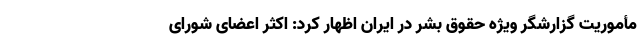
مأموریت گزارشگر ویژه حقوق بشر در ایران اظهار کرد: اکثر اعضای شورای